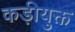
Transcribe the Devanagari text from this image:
कड़ीयुक्त